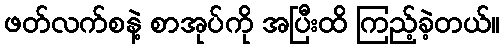
ဖတ်လက်စနဲ့ စာအုပ်ကို အပြီးထိ ကြည့်ခဲ့တယ်။